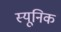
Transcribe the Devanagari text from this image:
स्यूनिक